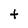
Character: t